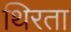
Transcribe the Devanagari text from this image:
थिरता